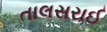
તાલસરાઈ